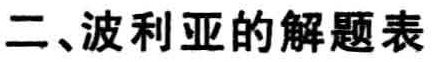
二、波利亚的解题表